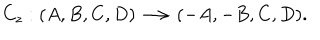
C _ { z } : ( A , B , C , D ) \longrightarrow ( - A , - B , C , D ) .